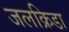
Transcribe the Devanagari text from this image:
जलक्रिडा